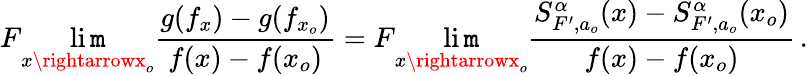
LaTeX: F\operatorname*{li\mathtt{m}}_{x\rightarrowx_{o}}\frac{{g(f_{x})-g(f_{x_{o}})}}{{f(x)-f(x_{o})}}=F\operatorname*{li\mathtt{m}}_{x\rightarrowx_{o}}\frac{{S_{F^{\prime},a_{o}}^{\alpha}(x)-S_{F^{\prime},a_{o}}^{\alpha}(x_{o})}}{{f(x)-f(x_{o})}}\, .